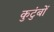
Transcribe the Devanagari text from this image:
कुटुंबों